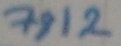
Text: 7812